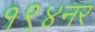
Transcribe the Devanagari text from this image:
१९४नर